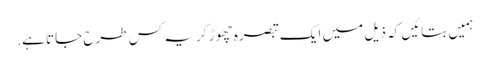
ہمیں بتائیں کہ ذیل میں ایک تبصرہ چھوڑ کر یہ کس طرح جاتا ہے.